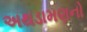
અથડામણનો